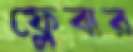
ফ্লেবার